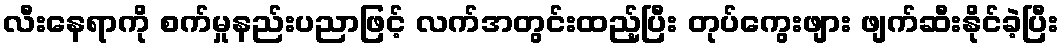
လီးနေရာကို စက်မှုနည်းပညာဖြင့် လက်အတွင်းထည့်ပြီး တုပ်ကွေးဖျား ဖျက်ဆီးနိုင်ခဲ့ပြီး